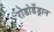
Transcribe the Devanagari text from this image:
रोडोडेंड्रान